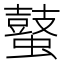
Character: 𪔖